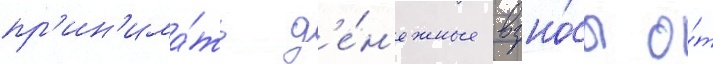
пр'ин'има́ть д'е́н'ежные взно́сы о́т